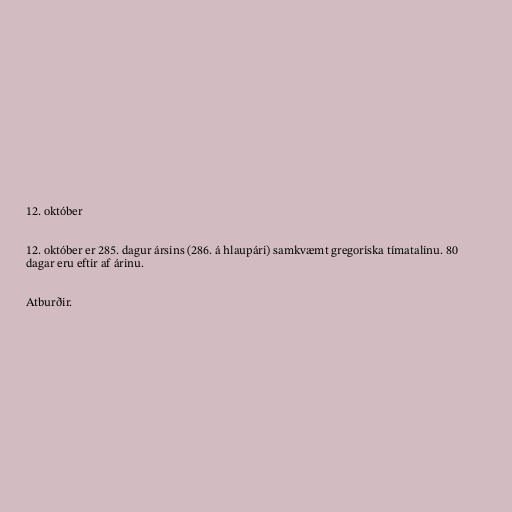
12. október

12. október er 285. dagur ársins (286. á hlaupári) samkvæmt gregoríska tímatalinu. 80
dagar eru eftir af árinu.

Atburðir.